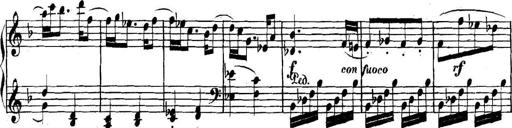
Title: Collected Piano Sonatas
Composer: Muzio Clementi